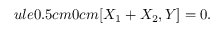
ule { 0.5 cm } { 0 cm } [ X _ { 1 } + X _ { 2 } , Y ] = 0 .